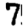
Digit: 7